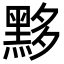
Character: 黟